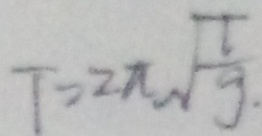
T = 2 \pi \sqrt { \frac { 1 } { 9 } }